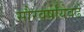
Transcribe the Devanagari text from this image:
सौरवर्षांयेवढे